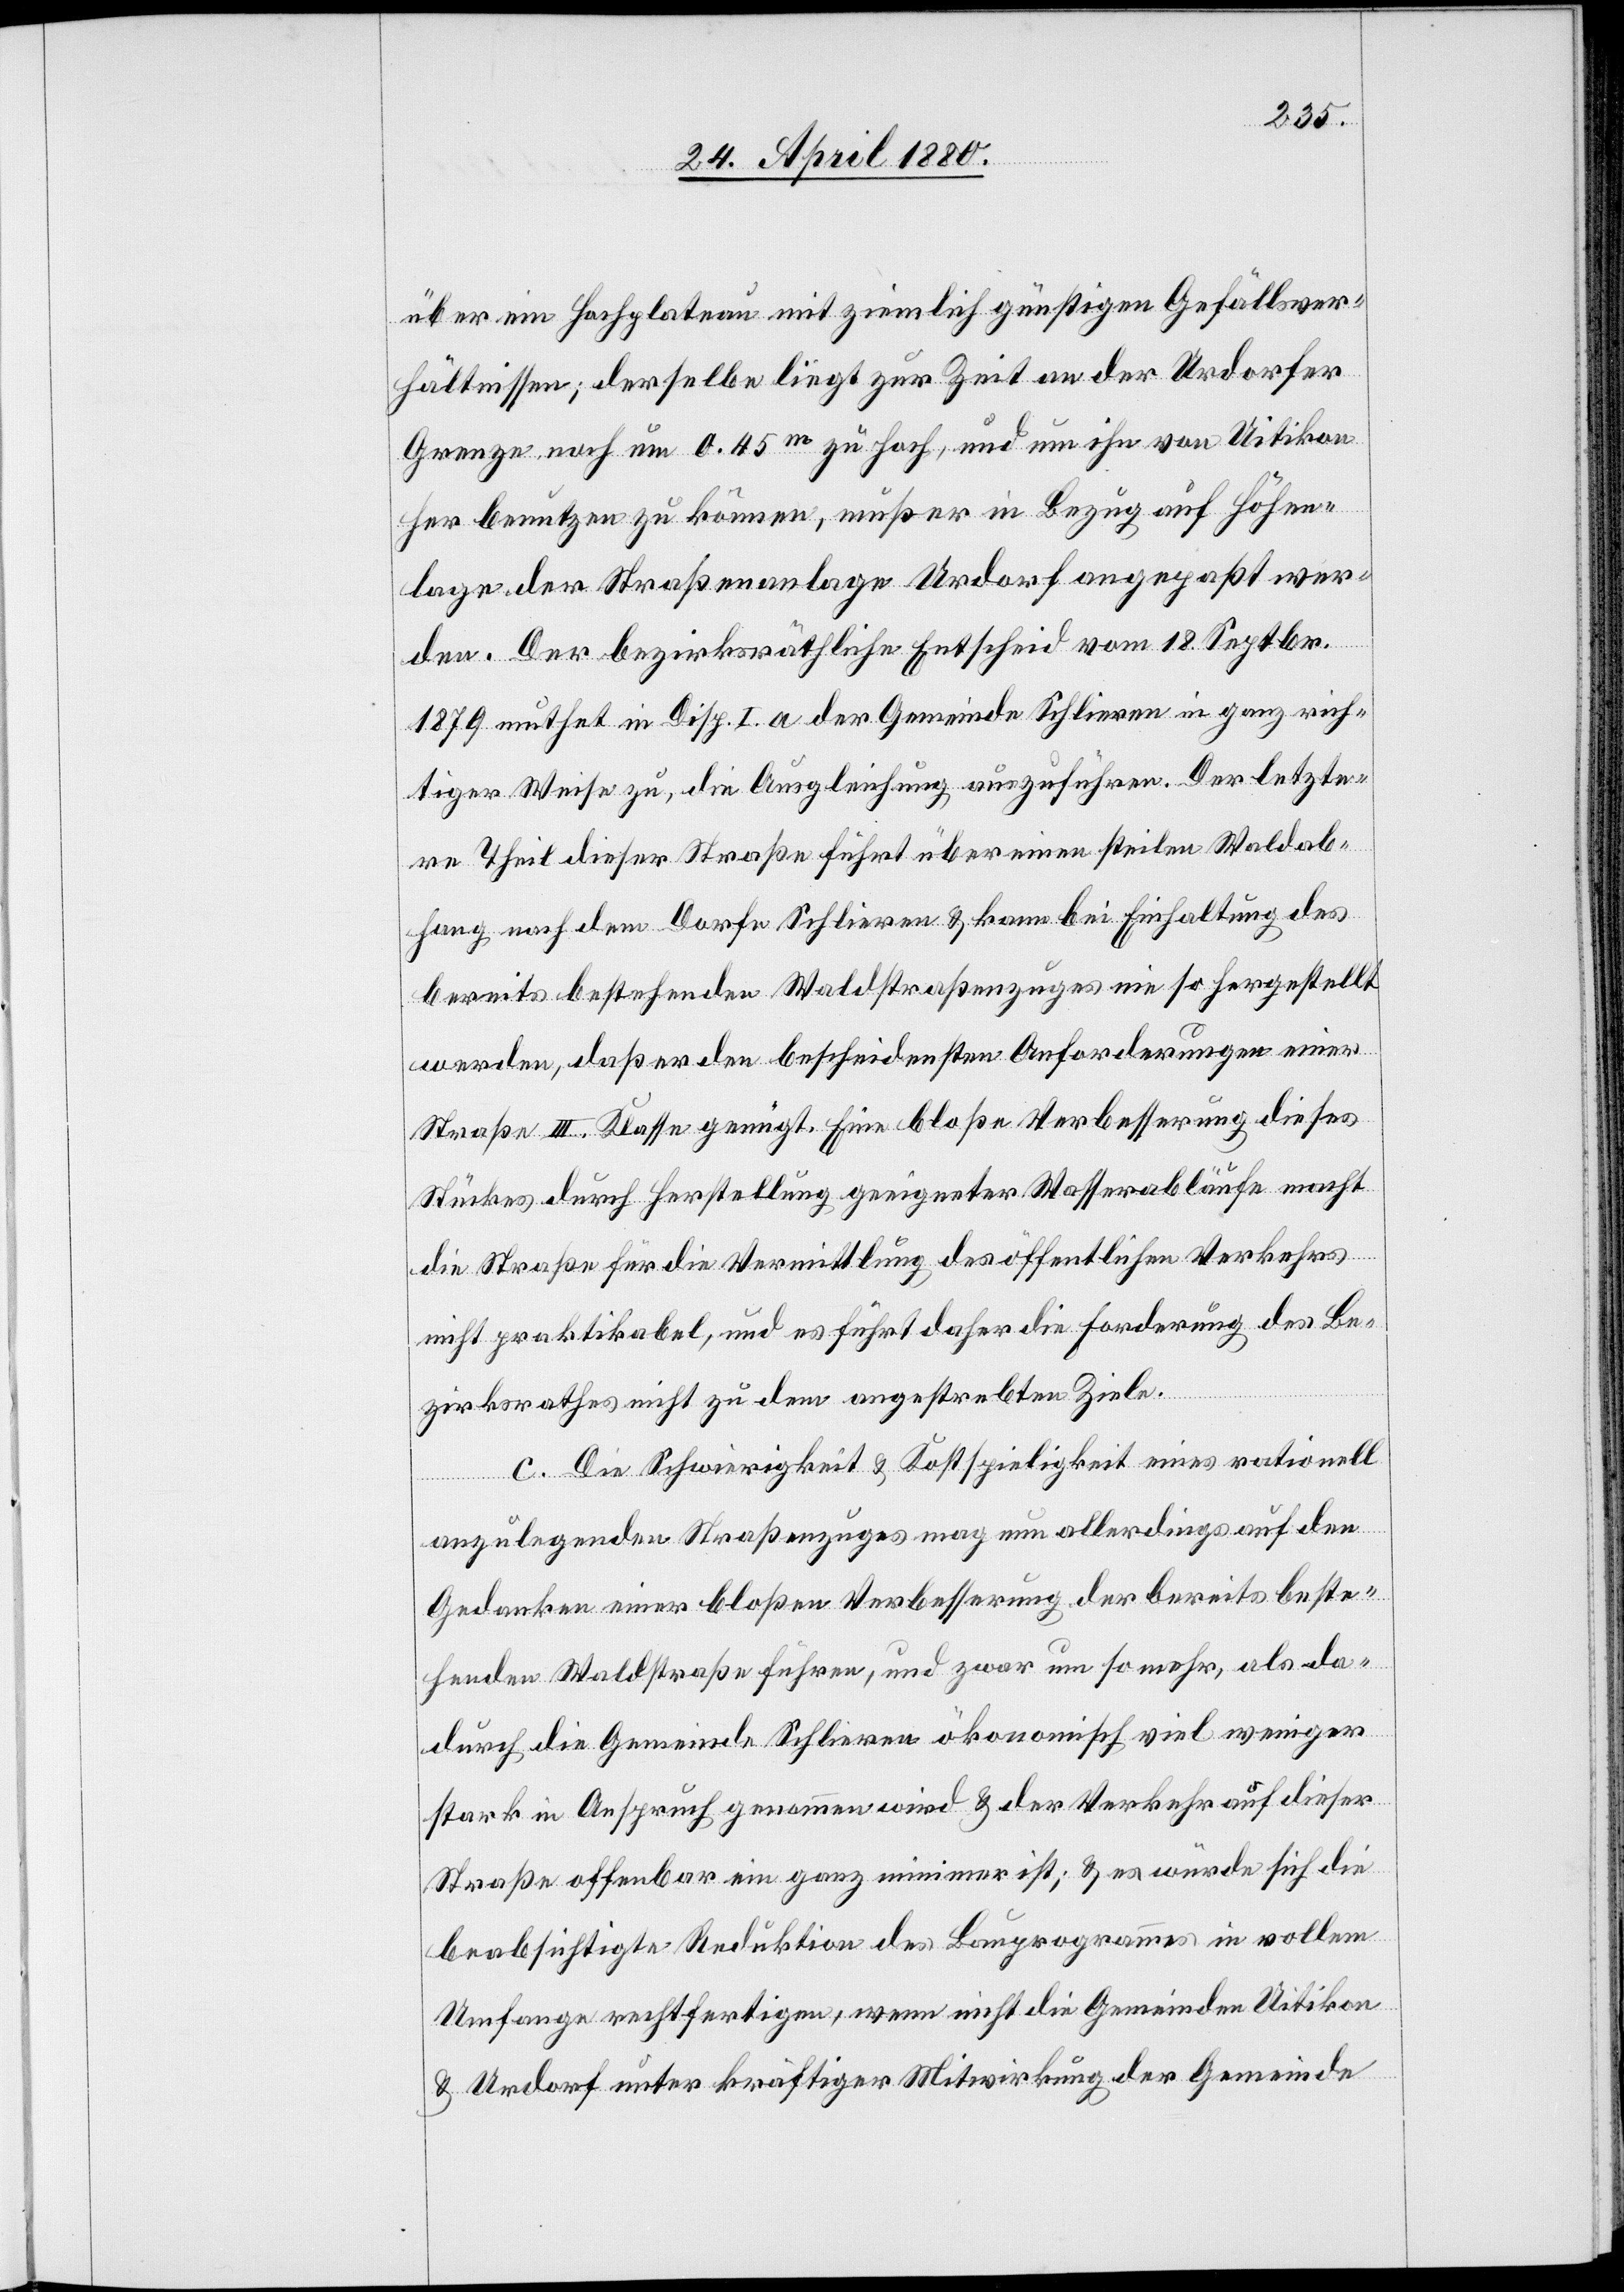
über ein Hochplateau mit ziemlich günstigen Gefällsver¬
hältnissen; derselbe liegt zur Zeit an der Urdorfer
Grenze noch um 0.45 m zu hoch, und um ihn von Uitikon
her benutzen zu können, muß er in Bezug auf Höhen¬
lage der Straßenanlage Urdorf angepaßt wer¬
den. Der bezirksräthliche Entscheid vom 18. Septbr.
1879 muthet in Disp. I a der Gemeinde Schlieren in ganz rich¬
tiger Weise zu, die Ausgleichung auszuführen. Der letzte¬
re Theil dieser Straße führt über einen steilen Waldab¬
hang nach dem Dorfe Schlieren & kann bei Einhaltung des
bereits bestehenden Waldstraßenzuges nie so hergestellt
werden, daß er den bescheidensten Anforderungen einer
Straße III. Klasse genügt. Eine bloße Verbesserung dieses
Stückes durch Herstellung geeigneter Wasserabläufe macht
die Straße für die Vermittlung des öffentlichen Verkehrs
nicht praktikabel, und es führt daher die Forderung des Be¬
zirksrathes nicht zu dem angestrebten Ziele.
c. Die Schwierigkeit & Kostspieligkeit eines rationell
anzulegenden Straßenzuges mag nun allerdings auf den
Gedanken einer bloßen Verbesserung der bereits beste¬
henden Waldstraße führen, und zwar um so mehr, als da¬
durch die Gemeinde Schlieren ökonomisch viel weniger
stark in Anspruch genommen wird & der Verkehr auf dieser
Straße offenbar ein ganz minimer ist; & es würde sich die
beabsichtigte Reduktion des Bauprogrammes in vollem
Umfange rechtfertigen, wenn nicht die Gemeinden Uitikon
& Urdorf unter kräftiger Mitwirkung der Gemeinde